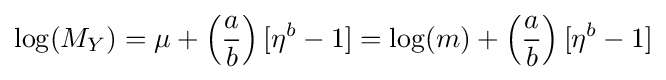
\log(M_{Y})=\mu +\left({\frac {a}{b}}\right)[\eta ^{b}-1]=\log(m)+\left({\frac {a}{b}}\right)[\eta ^{b}-1]